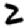
Digit: 2